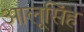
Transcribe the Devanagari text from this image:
आलूसिंह